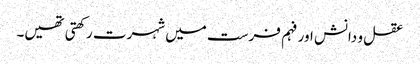
عقل و دانش اور فہم فرست میں شہرت رکھتی تھیں۔